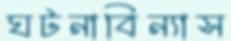
ঘটনাবিন্যাস